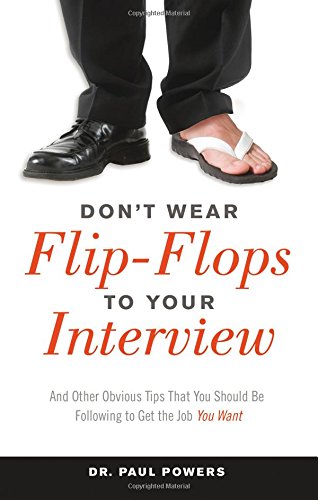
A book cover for Don't Wear Flip-Flops to Your Interview: And Other Obvious Tips That You Should Be Following to Get the Job You Want; Paul Powers; Business & Money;